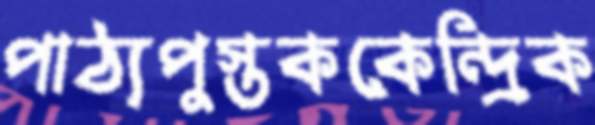
পাঠ্যপুস্তককেন্দ্রিক